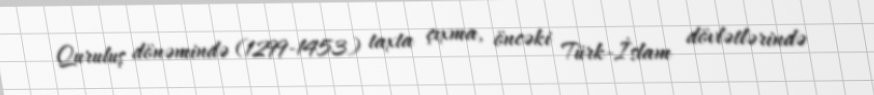
Quruluş dönəmində (1299-1453) taxta çıxma, öncəki Türk-İslam dövlətlərində